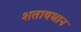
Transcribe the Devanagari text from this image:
शतावधान